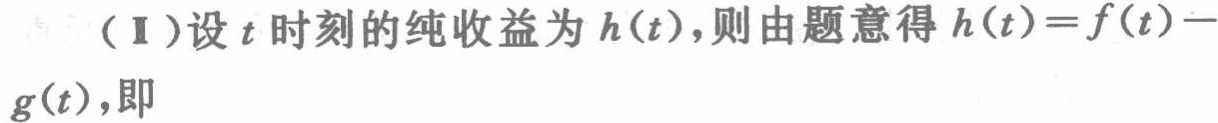
（Ⅱ）设\(t\)时刻的纯收益为\(h(t)\)，则由题意得\(h(t)=f(t)-g(t)\)，即